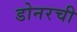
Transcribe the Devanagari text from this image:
डोनरची